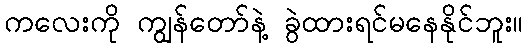
ကလေးကို ကျွန်တော်နဲ့ ခွဲထားရင်မနေနိုင်ဘူး။